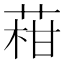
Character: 𦴑